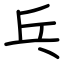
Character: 乓